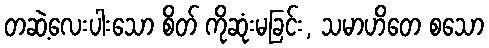
တဆဲ့လေးပါးသော စိတ် ကိုဆုံးမခြင်း, သမာဟိတေ စသော